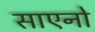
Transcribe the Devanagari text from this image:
साएनो